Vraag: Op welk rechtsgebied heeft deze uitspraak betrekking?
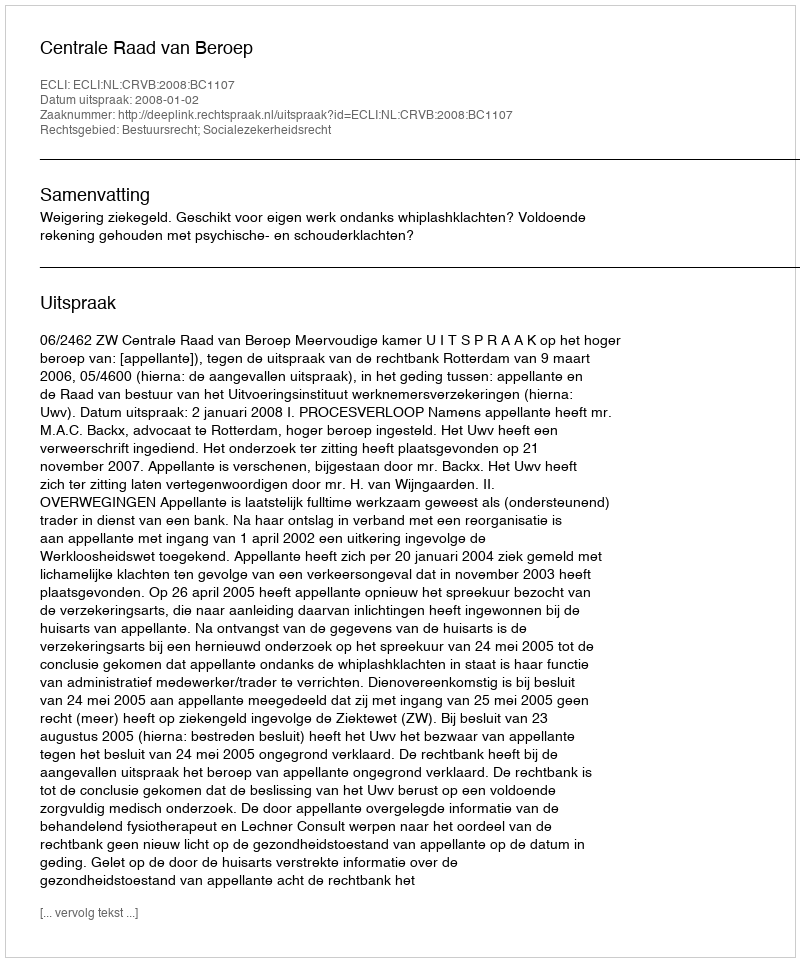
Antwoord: Bestuursrecht; Socialezekerheidsrecht